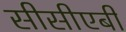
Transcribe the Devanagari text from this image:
सीसीएबी